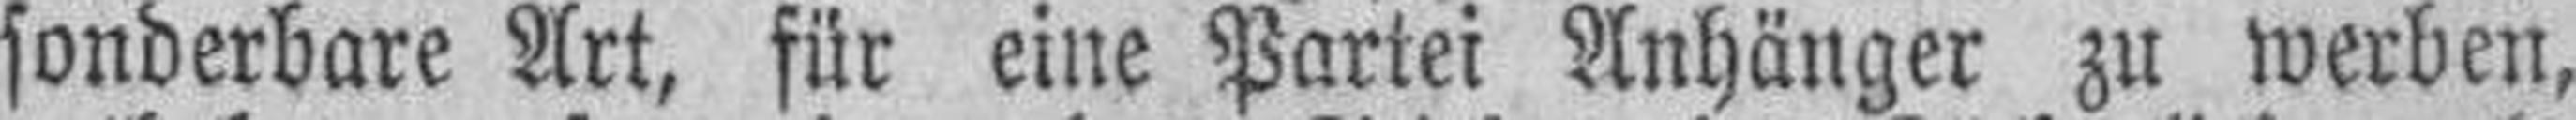
sonderbare Art, für eine Partei Anhänger zu werben,